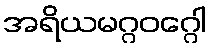
အရိယမဂ္ဂဝဂ္ဂေါ